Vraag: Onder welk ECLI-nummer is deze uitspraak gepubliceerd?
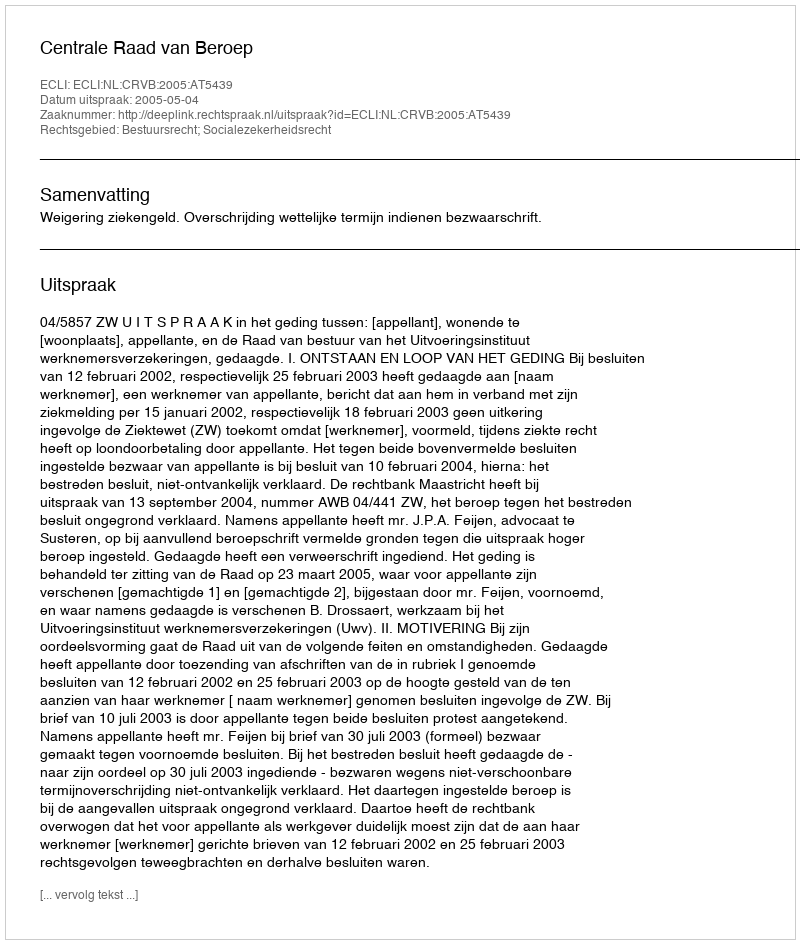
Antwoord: ECLI:NL:CRVB:2005:AT5439